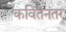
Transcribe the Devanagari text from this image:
कवितेनंतर